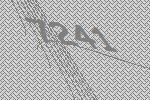
7241